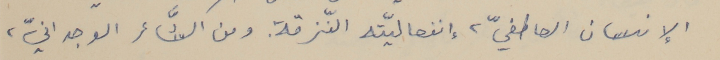
الإنسان العاطفيّ، إنفصاليّته النّزقة. ومن الشَّاعر الوجدانيّ،